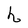
Character: h